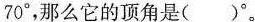
是70^{\circ}，那么它的顶角是 ( )^{\circ}。